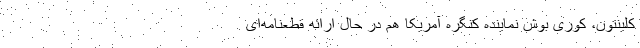
کلینتون، کوری بوش نماینده کنگره آمریکا هم در حال ارائه قطعنامه‌ای